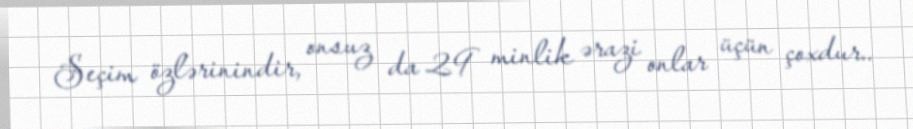
Seçim özlərinindir, onsuz da 29 minlik ərazi onlar üçün çoxdur..